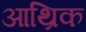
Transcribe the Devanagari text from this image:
आथ्रिक